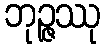
ဘုဉ္ဇဿု